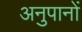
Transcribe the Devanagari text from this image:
अनुपानों